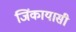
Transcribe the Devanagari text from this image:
जिंकायासी